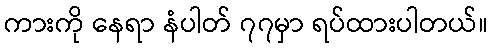
ကားကို နေရာ နံပါတ် ၇၇မှာ ရပ်ထားပါတယ်။